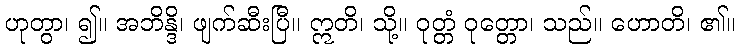
ဟုတွာ၊ ၍။ အဘိန္ဒိ၊ ဖျက်ဆီးပြီ။ ဣတိ၊ သို့။ ဝုတ္တံ ဝုတ္တော၊ သည်။ ဟောတိ၊ ၏။